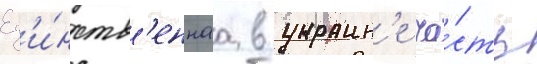
Ед'и́нств'еннаа в украин'е ча́сть